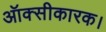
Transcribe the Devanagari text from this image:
ऑक्सीकारक।